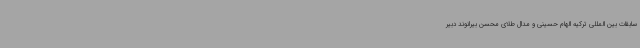
سابقات بین المللی ترکیه الهام حسینی و مدال طلای محسن بیرانوند دبیر